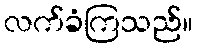
လက်ခံကြသည်။